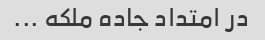
در امتداد جاده ملکه ...